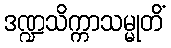
ဒဏ္ဍသိက္ကာသမ္မုတိံ